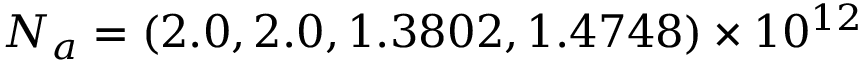
N _ { a } = ( 2 . 0 , 2 . 0 , 1 . 3 8 0 2 , 1 . 4 7 4 8 ) \times 1 0 ^ { 1 2 }